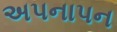
અપનાપન